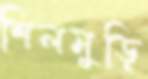
শিলমুড়ি